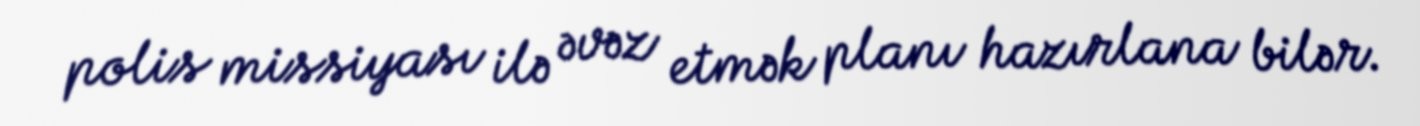
polis missiyası ilə əvəz etmək planı hazırlana bilər.